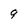
Character: 9